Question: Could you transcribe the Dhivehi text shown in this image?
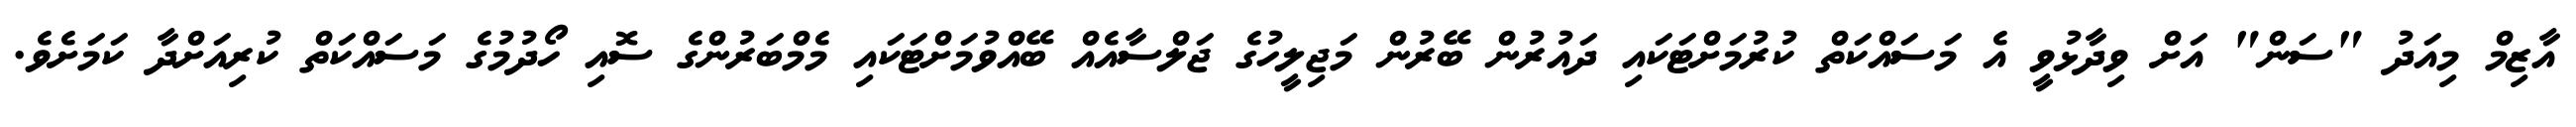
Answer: އާޒިމް މިއަދު "ސަން" އަށް ވިދާޅުވީ އެ މަސައްކަތް ކުރުމަށްޓަކައި ދައުރުން ބޭރުން މަޖިލީހުގެ ޖަލްސާއެއް ބޭއްވުމަށްޓަކައި މެމްބަރުންގެ ސޮއި ހޯދުމުގެ މަސައްކަތް ކުރިއަށްދާ ކަމަށެވެ.